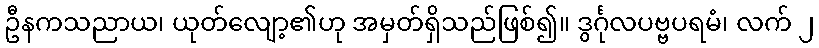
ဦနကသညာယ၊ ယုတ်လျော့၏ဟု အမှတ်ရှိသည်ဖြစ်၍။ ဒွင်္ဂုလပဗ္ဗပရမံ၊ လက် ၂